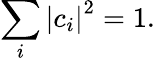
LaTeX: \sum_{i}\left|c_{i}\right|^{2}=1.